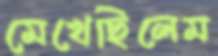
মেখেছিলেম